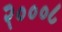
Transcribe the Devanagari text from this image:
२०००८